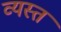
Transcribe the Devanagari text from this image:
व्‍यस्त